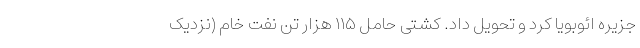
جزیره ائوبویا کرد و تحویل داد. کشتی حامل ۱۱۵ هزار تن نفت خام (نزدیک